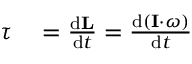
\begin{array} { r l } { { \boldsymbol { \tau } } } & { { } = { \frac { \mathrm { { d } } \mathbf { L } } { \mathrm { { d } } t } } = { \frac { \mathrm { { d } } ( \mathbf { I } \cdot { \boldsymbol { \omega } } ) } { \mathrm { { d } } t } } } \end{array}